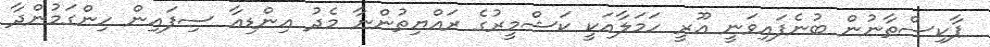
ޕާކިސްތާނުން ބުނެފައިވަނީ އޫރީ ހަމަލާއަކީ ކަޝްމީރުގެ ރައްޔިތުންނާ މެދު އިންޑިއާ ސިފައިން ހިންގަމުންދާ